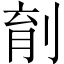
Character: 𪟆